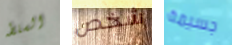
السلطه شخص جسيمة